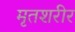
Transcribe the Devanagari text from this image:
मृतशरीर